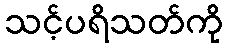
သင့်ပရိသတ်ကို